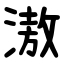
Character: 滶